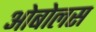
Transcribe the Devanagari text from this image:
ओबोलस